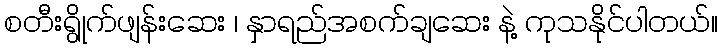
စတီးရွိုက်ဖျန်းဆေး ၊ နှာရည်အစက်ချဆေး နဲ့ ကုသနိုင်ပါတယ်။